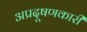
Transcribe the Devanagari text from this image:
अप्रदूषणकारी